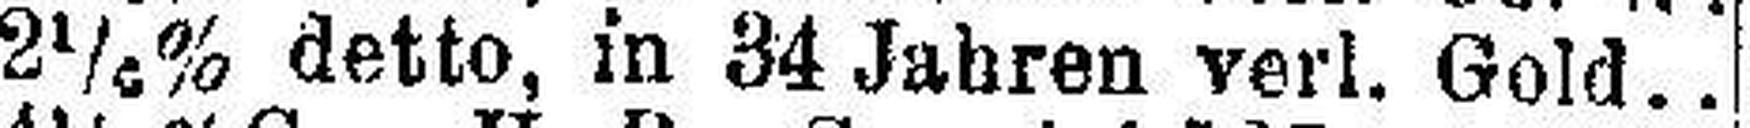
2¼% detto, in 34 Jahren verl. Gold.